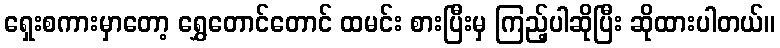
ရှေးစကားမှာတော့ ရွှေတောင်တောင် ထမင်း စားပြီးမှ ကြည့်ပါဆိုပြီး ဆိုထားပါတယ်။